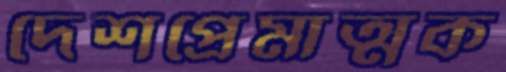
দেশপ্রেমাত্মক